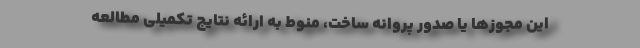
این مجوزها یا صدور پروانه ساخت، منوط به ارائه نتایج تکمیلی مطالعه